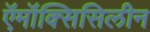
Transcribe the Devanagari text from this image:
ऍमॉक्सिसिलीन